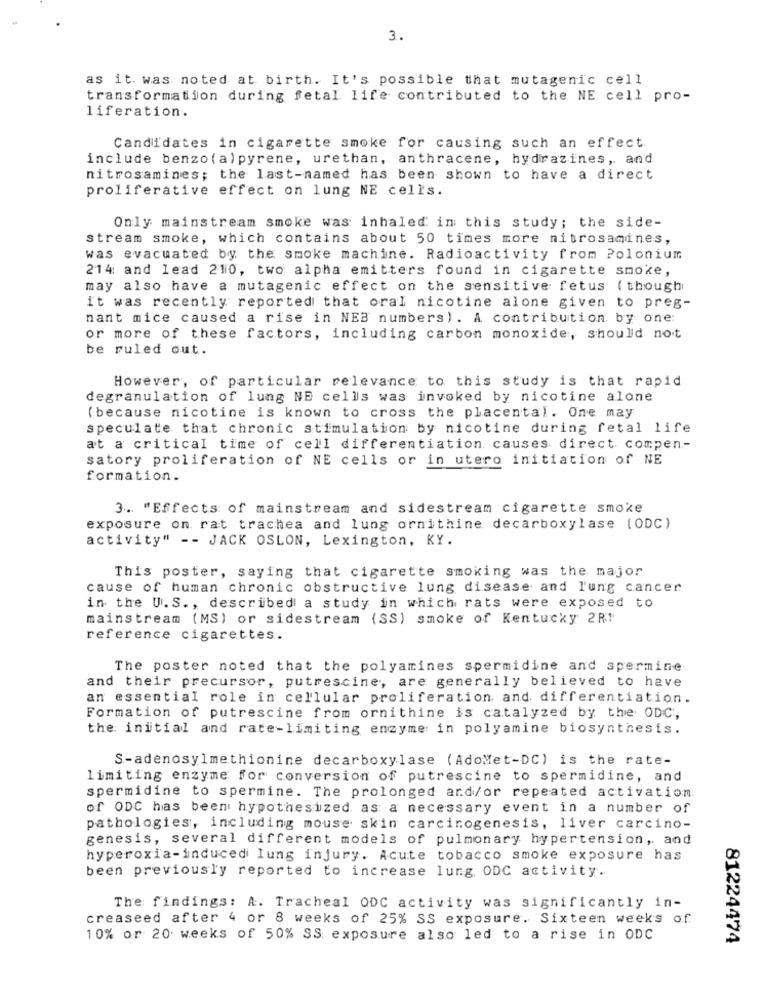
3.
as it was noted at birth. It's possible that mutagenic cell
transformation during fetal life contributed to the NE cell pro-
liferation.
Candidates in cigarette smoke for causing such an effect.
include benzo(a) pyrene, urethan, anthracene, hydrazines, and
nitrosamines; the last-named has been shown to have a direct
proliferative effect on lung NE cells.
Only mainstream smoke was inhaled in this study; the side-
stream smoke, which contains about 50 times more nitrosamines,
was evacuated by the smoke machine. Radioactivity from Polonium
214: and lead 210, two alpha emitters found in cigarette smoke,
may also have a mutagenic effect on the sensitive fetus ( though
it was recently reported that oral nicotine alone given to preg-
nant mice caused a rise in NEB numbers). A contribution, by one:
or more of these factors, including carbon monoxide, should not
be ruled out.
However, of particular relevance to this study is that rapid
degranulation of lung NE cells was invoked by nicotine alone
(because nicotine is known to cross the placental. One may
speculate that chronic stimulation by nicotine during fetal life
at a critical time of cell differentiation causes. direct compen-
satory proliferation of NE cells or in utero initiation of NE
formation.
3. "Effects of mainstream and sidestream cigarette smoke
exposure on rat trachea and lung ornithine decarboxylase (ODC)
activity" -- JACK OSLON, Lexington, KY.
This poster, saying that cigarette smoking was the major
cause of human chronic obstructive lung disease and lung cancer
in the U. S ., described a study in which rats were exposed to
mainstream (MS) or sidestream (SS) smoke of Kentucky 2R!
reference cigarettes.
The poster noted that the polyamines spermidine and spermine
and their precursor, putrescine, are generally believed to have
an essential role in cellular proliferation and differentiation.
Formation of putrescine from ornithine is catalyzed by the ODC,
the initial and rate-limiting enzyme in polyamine biosynthesis.
S-adenosylmethionine decarboxylase (AdoMet-DC) is the rate-
limiting enzyme for conversion of putrescine to spermidine, and
spermidine to spermine. The prolonged and/or repeated activation.
of ODC has been hypothesized as a necessary event in a number of
pathologies, including mouse skin carcinogenesis, liver carcino-
genesis, several different models of pulmonary hypertension, and
hyperoxia-induced Iung injury. Acute tobacco smoke exposure has
been previously reported to increase Iung, ODC activity.
The findings: A. Tracheal ODC activity was significantly in-
creaseed after 4 or 8 weeks of 25% SS exposure. Sixteen week's of
10% or 20 weeks of 50% SS exposure also led to a rise in ODC
81224474